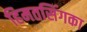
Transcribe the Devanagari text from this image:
हिमतसिंगका